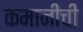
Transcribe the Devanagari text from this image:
कमानीची